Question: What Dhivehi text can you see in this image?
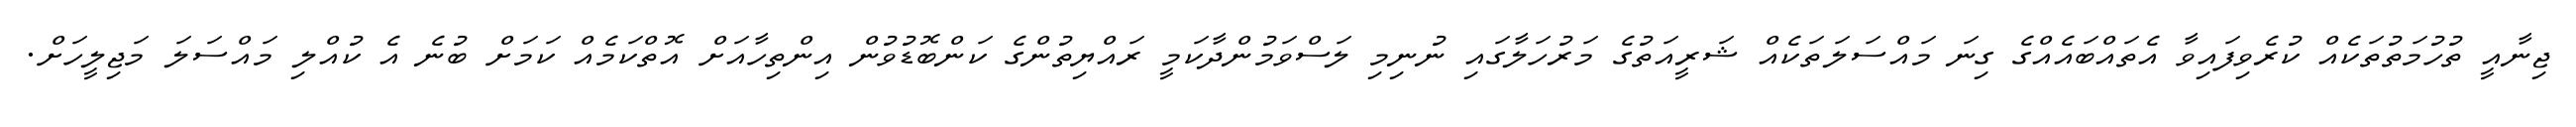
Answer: ޖިނާއީ ތުހުމަތުތަކެއް ކުރެވިފައިވާ އެތައްބައެއްގެ ގިނަ މައްސަލަތަކެއް ޝަރީއަތުގެ މަރުހަލާގައި ނުނިމި ލަސްވަމުންދާކަމީ ރައްޔިތުންގެ ކަންބޮޑުވުން އިންތިހާއަށް އޮތްކަމެއް ކަމަށް ބުނެ އެ ކުއްލި މައްސަލަ މަޖިލީހަށް.